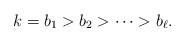
LaTeX: \begin{align*} k = b_1 > b_2 > \cdots > b_{\ell}.\end{align*}